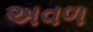
અવળ